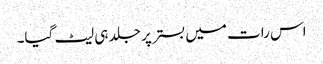
اس رات میں بستر پر جلد ہی لیٹ گیا۔